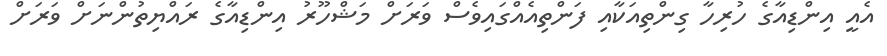
އެއީ އިންޑިއާގެ ހުރިހާ ގިންތިއަކާއި ފަންތިއެއްގައިވެސް ވަރަށް މަޝްހޫރު އިންޑިއާގެ ރައްޔިތުންނަށް ވަރަށް